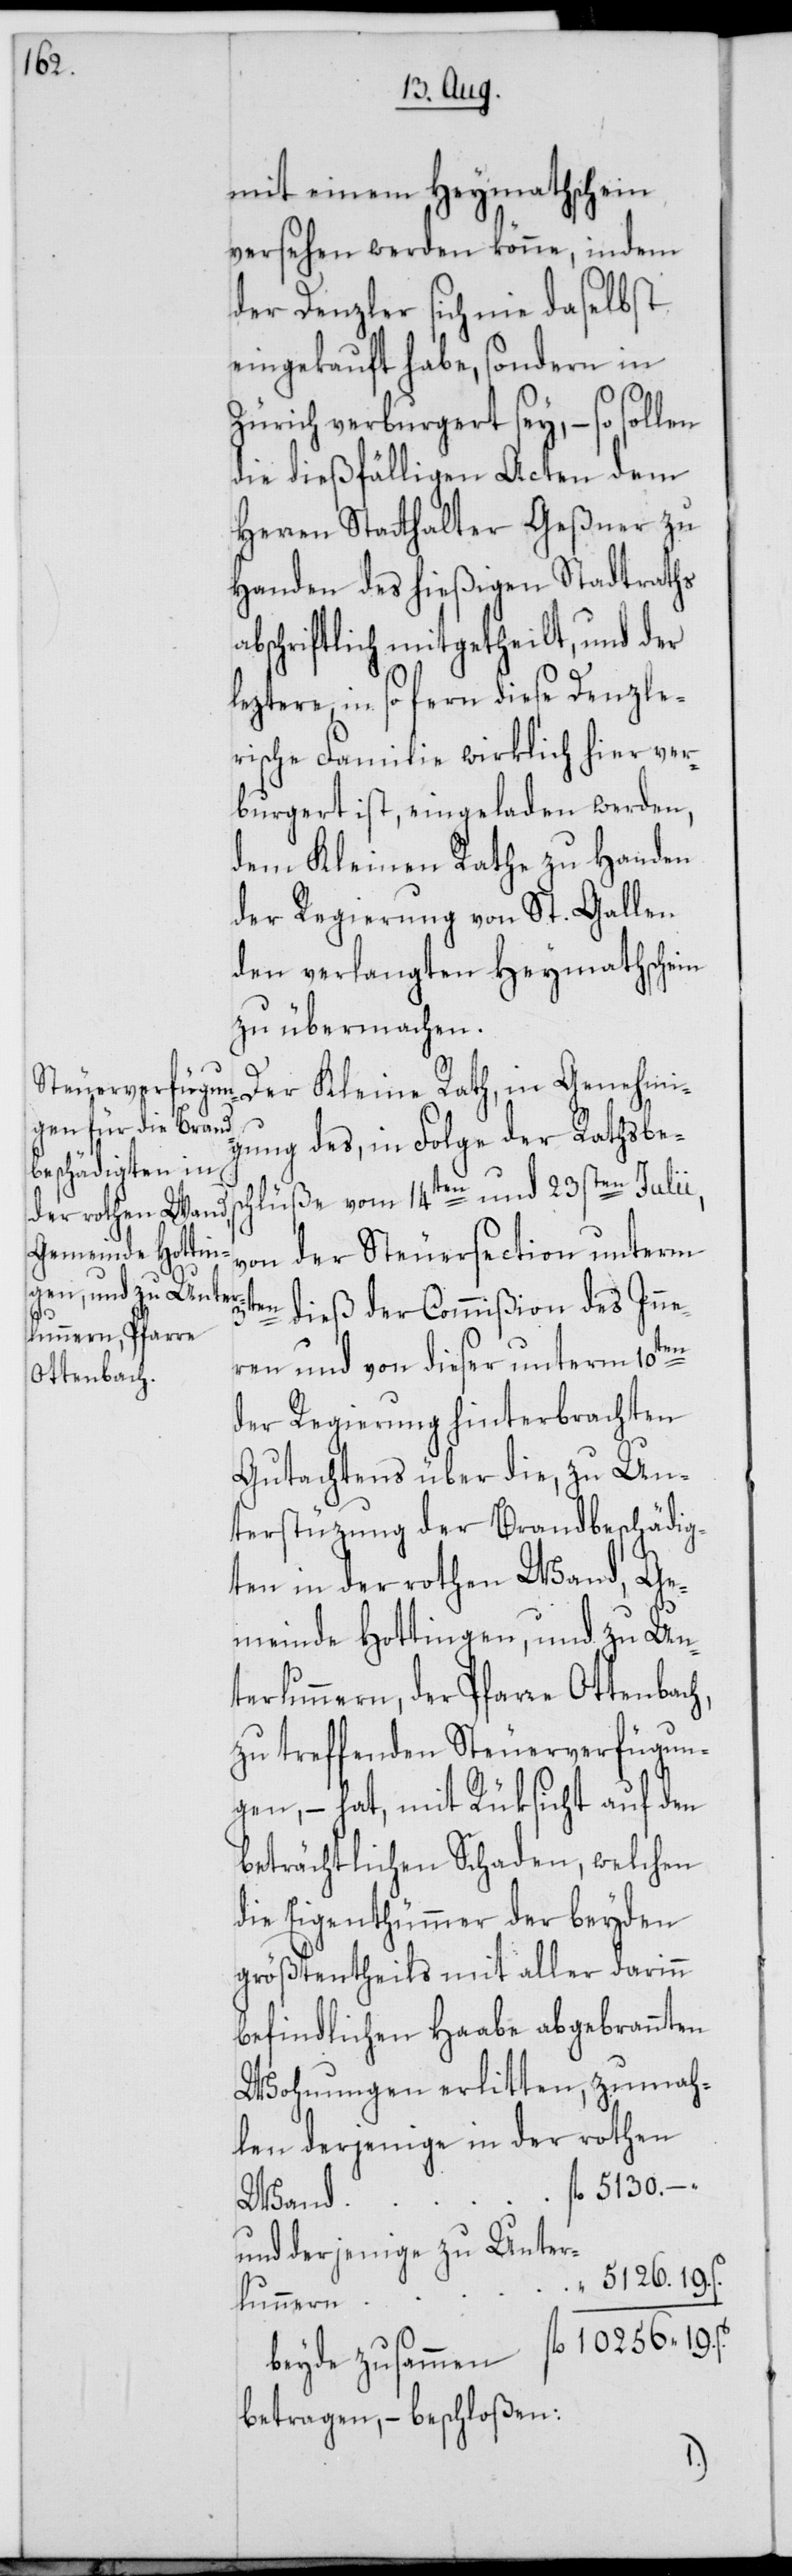
mit einem Heymathschein
versehen werden könne, indem
der Denzler sich nie daselbst
eingekauft habe, sondern in
Zürich verburgert sey, – so sollen
die dießfälligen Acten dem
Herren Statthalter Geßner zu
Handen des hießigen Stadtraths
abschriftlich mitgetheilt, und der
leztere, in so fern diese Denzle¬
rische Familie wirklich hier ver¬
burgert ist, eingeladen werden,
dem Kleinen Rathe zu Handen
der Regierung von St. Gallen
den verlangten Heymathschein
zu übermachen.
Der Kleine Rath, in Genehmi¬
gung des, in Folge der Rathsbes¬
chlüße vom 14ten und 23sten Julii,
von der Steuersection unterm
dieß der Commißion des Inne¬
ren und von dieser unterm 10ten
der Regierung hinterbrachten
Gutachtens über die, zu Un¬
terstüzung der Brandbeschädig¬
ten in der rothen Wand, Ge¬
meinde Hottingen, und zu Un¬
terlunnern, der Pfarre Ottenbach,
zu treffenden Steuerverfügun¬
gen, – hat, mit Rüksicht auf den
beträchtlichen Schaden, welchen
die Eigenthümmer der beyden
größtentheils mit aller darinn
befindlichen Haabe abgebrannten
len derjenige in der rothen
fl. 5130. –.
Wand
und derjenige zu Unter¬
5126. 19.
lunnern
beyde zusammen fl. 10 256 19. ß.
betragen, – beschloßen: